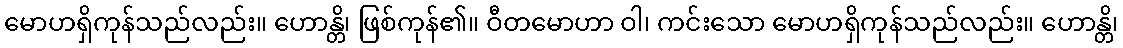
မောဟရှိကုန်သည်လည်း။ ဟောန္တိ၊ ဖြစ်ကုန်၏။ ဝီတမောဟာ ဝါ၊ ကင်းသော မောဟရှိကုန်သည်လည်း။ ဟောန္တိ၊